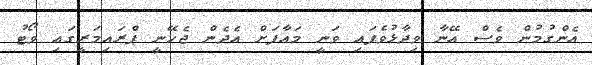
އެންގުމުން ވެސް އޭނާ ވިދާޅުވެފައި ވަނީ މައާފަށް އެދެން ޖެހޭނީ ޕްރައިމަރީގައި ވޯޓު